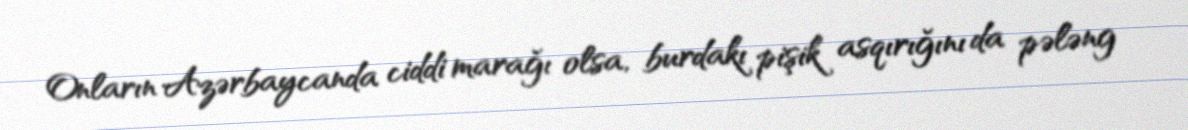
Onların Azərbaycanda ciddi marağı olsa, burdakı pişik asqırığını da pələng